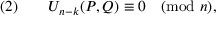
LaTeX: ( 2 ) \qquad U _ { n - k } ( P , Q ) \equiv 0 { \pmod { n } } ,